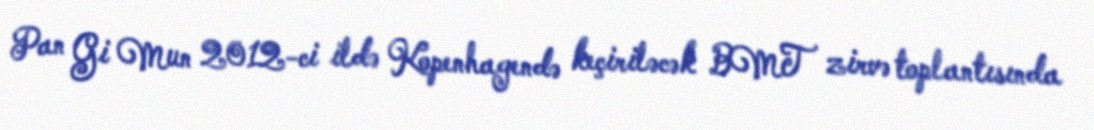
Pan Gi Mun 2012-ci ildə Kopenhagendə keçiriləcək BMT zirvə toplantısında